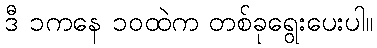
ဒီ ၁ကနေ ၁၀ထဲက တစ်ခုရွေးပေးပါ။